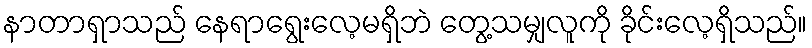
နာတာရှာသည် နေရာရွေးလေ့မရှိဘဲ တွေ့သမျှလူကို ခိုင်းလေ့ရှိသည်။